Indian journal of veterinary science and animal husbandry - Volume 6,
Year: 1936
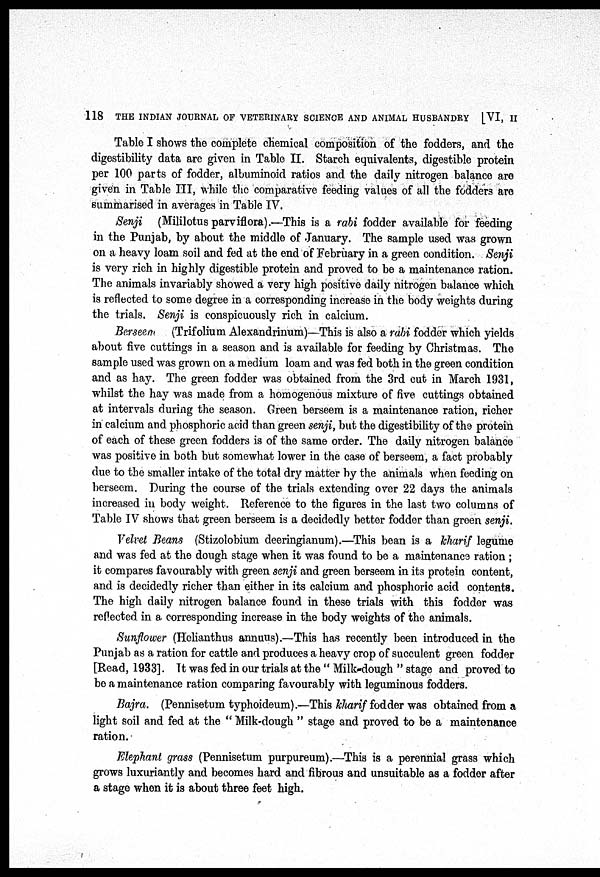
118 THE INDIAN JOURNAL OF VETERINARY SCIENCE AND ANIMAL HUSBANDRY [VI, II
Table I shows the complete chemical composition of the fodders, and the
digestibility data are given in Table II. Starch equivalents, digestible protein
per 100 parts of fodder, albuminoid ratios and the daily nitrogen balance are
given in Table III, while the comparative feeding values of all the fodders are
summarised in averages in Table IV.
Senji (Mililotus parviflora).—This is a rabi fodder available for feeding
in the Punjab, by about the middle of January. The sample used was grown
on a heavy loam soil and fed at the end of February in a green condition. Senji
is very rich in highly digestible protein and proved to be a maintenance ration.
The animals invariably showed a very high positive daily nitrogen balance which
is reflected to some degree in a corresponding increase in the body weights during
the trials. Senji is conspicuously rich in calcium.
Berseem (Trifolium Alexandrinum)—This is also a rabi fodder which yields
about five cuttings in a season and is available for feeding by Christmas. The
sample used was grown on a medium loam and was fed both in the green condition
and as hay. The green fodder was obtained from the 3rd cut in March 1931,
whilst the hay was made from a homogenous mixture of five cuttings obtained
at intervals during the season. Green berseem is a maintenance ration, richer
in calcium and phosphoric acid than green senji, but the digestibility of the protein
of each of these green fodders is of the same order. The daily nitrogen balance
was positive in both but somewhat lower in the case of berseem, a fact probably
due to the smaller intake of the total dry matter by the animals when feeding on
berseem. During the course of the trials extending over 22 days the animals
increased in body weight. Reference to the figures in the last two columns of
Table IV shows that green berseem is a decidedly better fodder than green senji.
Velvet Beans (Stizolobium deeringianum).—This bean is a kharif legume
and was fed at the dough stage when it was found to be a maintenance ration ;
it compares favourably with green senji and green berseem in its protein content,
and is decidedly richer than either in its calcium and phosphoric acid contents.
The high daily nitrogen balance found in these trials with this fodder was
reflected in a, corresponding increase in the body weights of the animals.
Sunflower (Helianthus annuus).—This has recently been introduced in the
Punjab as a ration for cattle and produces a heavy crop of succulent green fodder
[Read, 1933]. It was fed in our trials at the " Milk-dough " stage and proved to
be a maintenance ration comparing favourably with leguminous fodders.
Bajra. (Pennisetum typhoideum).—This kharif fodder was obtained from a
light soil and fed at the " Milk-dough " stage and proved to be a maintenance
ration.
Elephant grass (Pennisetum purpureum).—This is a perennial grass which
grows luxuriantly and becomes hard and fibrous and unsuitable as a fodder after
a stage when it is about three feet high.